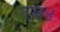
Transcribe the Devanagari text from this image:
एस४